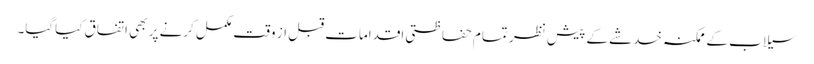
سیلاب کے ممکنہ خدشے کے پیش نظر تمام حفاظتی اقدامات قبل از وقت مکمل کرنے پر بھی اتفاق کیاگیا۔